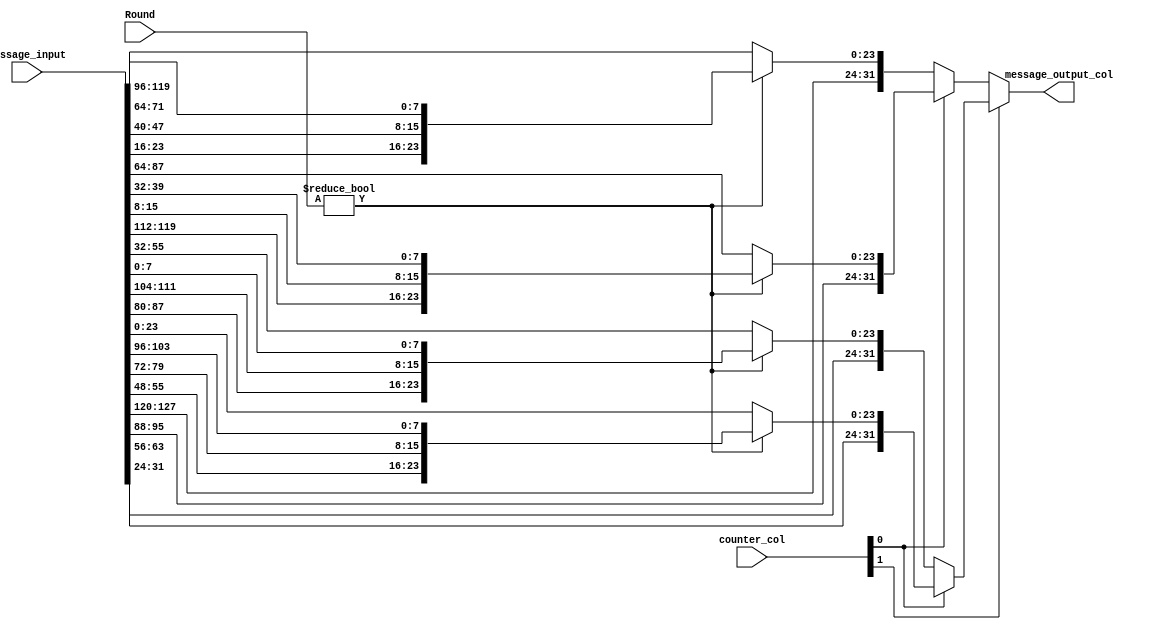
`timescale 1ns / 1ps
//////////////////////////////////////////////////////////////////////////////////
// Company: Snowballs
// 
// Design Name: 
// Module Name:    shiftrows 
// Project Name: 
// Target Devices: 
// Tool versions: 
// Description: 
//
// Dependencies: 
//
// Revision: 
// Revision 0.01 - File Created
// Additional Comments: 
//
//////////////////////////////////////////////////////////////////////////////////
module shiftrows(message_input,message_output_col,counter_col,Round
    );
	 
input  wire [127:0] message_input;
output wire [31:0]  message_output_col;
input  wire [3:0]   Round;
input  wire [1:0]   counter_col;

wire [31:0] firstCol,secondCol,thirdCol,fourthCol;

/* 
before shift    	after shift

16	12	8	4		16	12	8	4
15	11	7	3		3	15	11	7
14	10	6	2		6	2	14	10
13	9	5	1		9	5	1	13
*/


//if round equales 0,DON'T SHIFTROWS,out original Columns 
//Do shiftrows on mtrix and find what elements in every col in the resulted matrix 
assign firstCol  = (Round!=4'b0)? ({message_input[127:120],message_input[23:16]  ,message_input[47:40]  ,message_input[71:64]}) :message_input[127:96];
assign secondCol = (Round!=4'b0)? ({message_input[95:88]  ,message_input[119:112],message_input[15:8]   ,message_input[39:32]}) :message_input[95:64];
assign thirdCol  = (Round!=4'b0)? ({message_input[63:56]  ,message_input[87:80]  ,message_input[111:104],message_input[7:0]})   :message_input[64:32];
assign fourthCol = (Round!=4'b0)? ({message_input[31:24]  ,message_input[55:48]  ,message_input[79:72]  ,message_input[103:96]}):message_input[31:0] ;


assign message_output_col = counter_col[1] ? (counter_col[0] ? fourthCol : thirdCol) : (counter_col[0] ? secondCol : firstCol);

endmodule